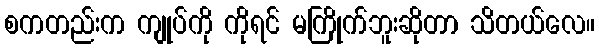
စကတည်းက ကျုပ်ကို ကိုရင် မကြိုက်ဘူးဆိုတာ သိတယ်လေ။